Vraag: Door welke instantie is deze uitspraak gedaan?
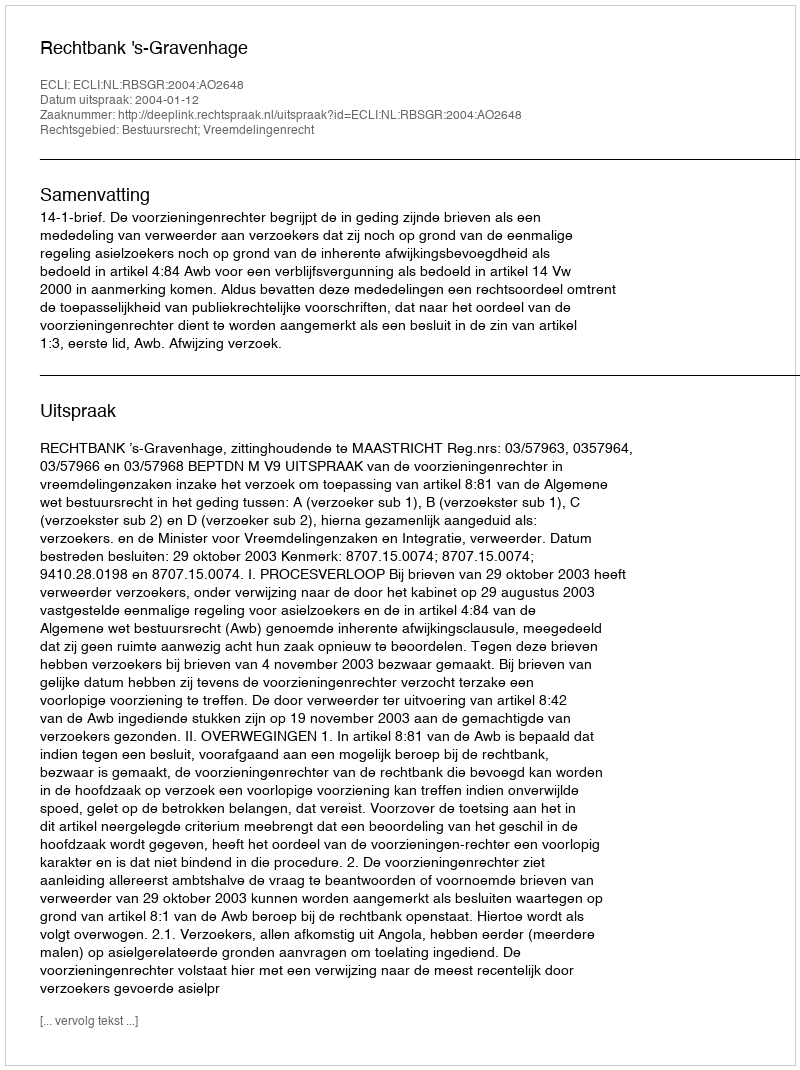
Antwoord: Rechtbank 's-Gravenhage